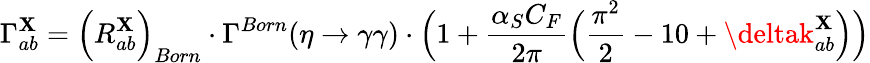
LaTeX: \Gamma_{ab}^{\mathbf{X}}=\Big(R_{ab}^{\mathbf{X}}\Big)_{Born}\cdot\Gamma^{Born}(\eta\to\gamma\gamma)\cdot\Big(1+\frac{{\alpha_{S}C_{F}}}{{2\pi}}\Big(\frac{{\pi^{2}}}{{2}}-10+\deltak_{ab}^{\mathbf{X}}\Big)\Big)